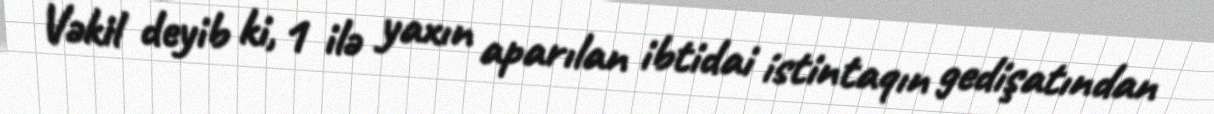
Vəkil deyib ki, 1 ilə yaxın aparılan ibtidai istintaqın gedişatından